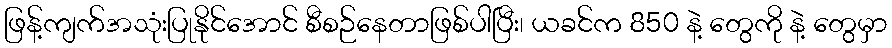
ဖြန့်ကျက်အသုံးပြုနိုင်အောင် စီစဉ်နေတာဖြစ်ပါပြီး၊ ယခင်က 850 နဲ့ တွေကို နဲ့ တွေမှာ